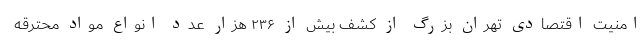
امنیت اقتصادی تهران بزرگ از کشف بیش از ۲۳۶ هزار عدد انواع مواد محترقه